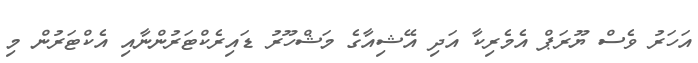
އަހަރު ވެސް ޔޫރަޕް އެމެރިކާ އަދި އޭޝިއާގެ މަޝްހޫރު ޑައިރެކްޓަރުންނާއި އެކްޓަރުން މި